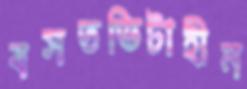
বসতভিটাহীন